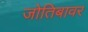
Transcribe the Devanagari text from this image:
जोतिबावर